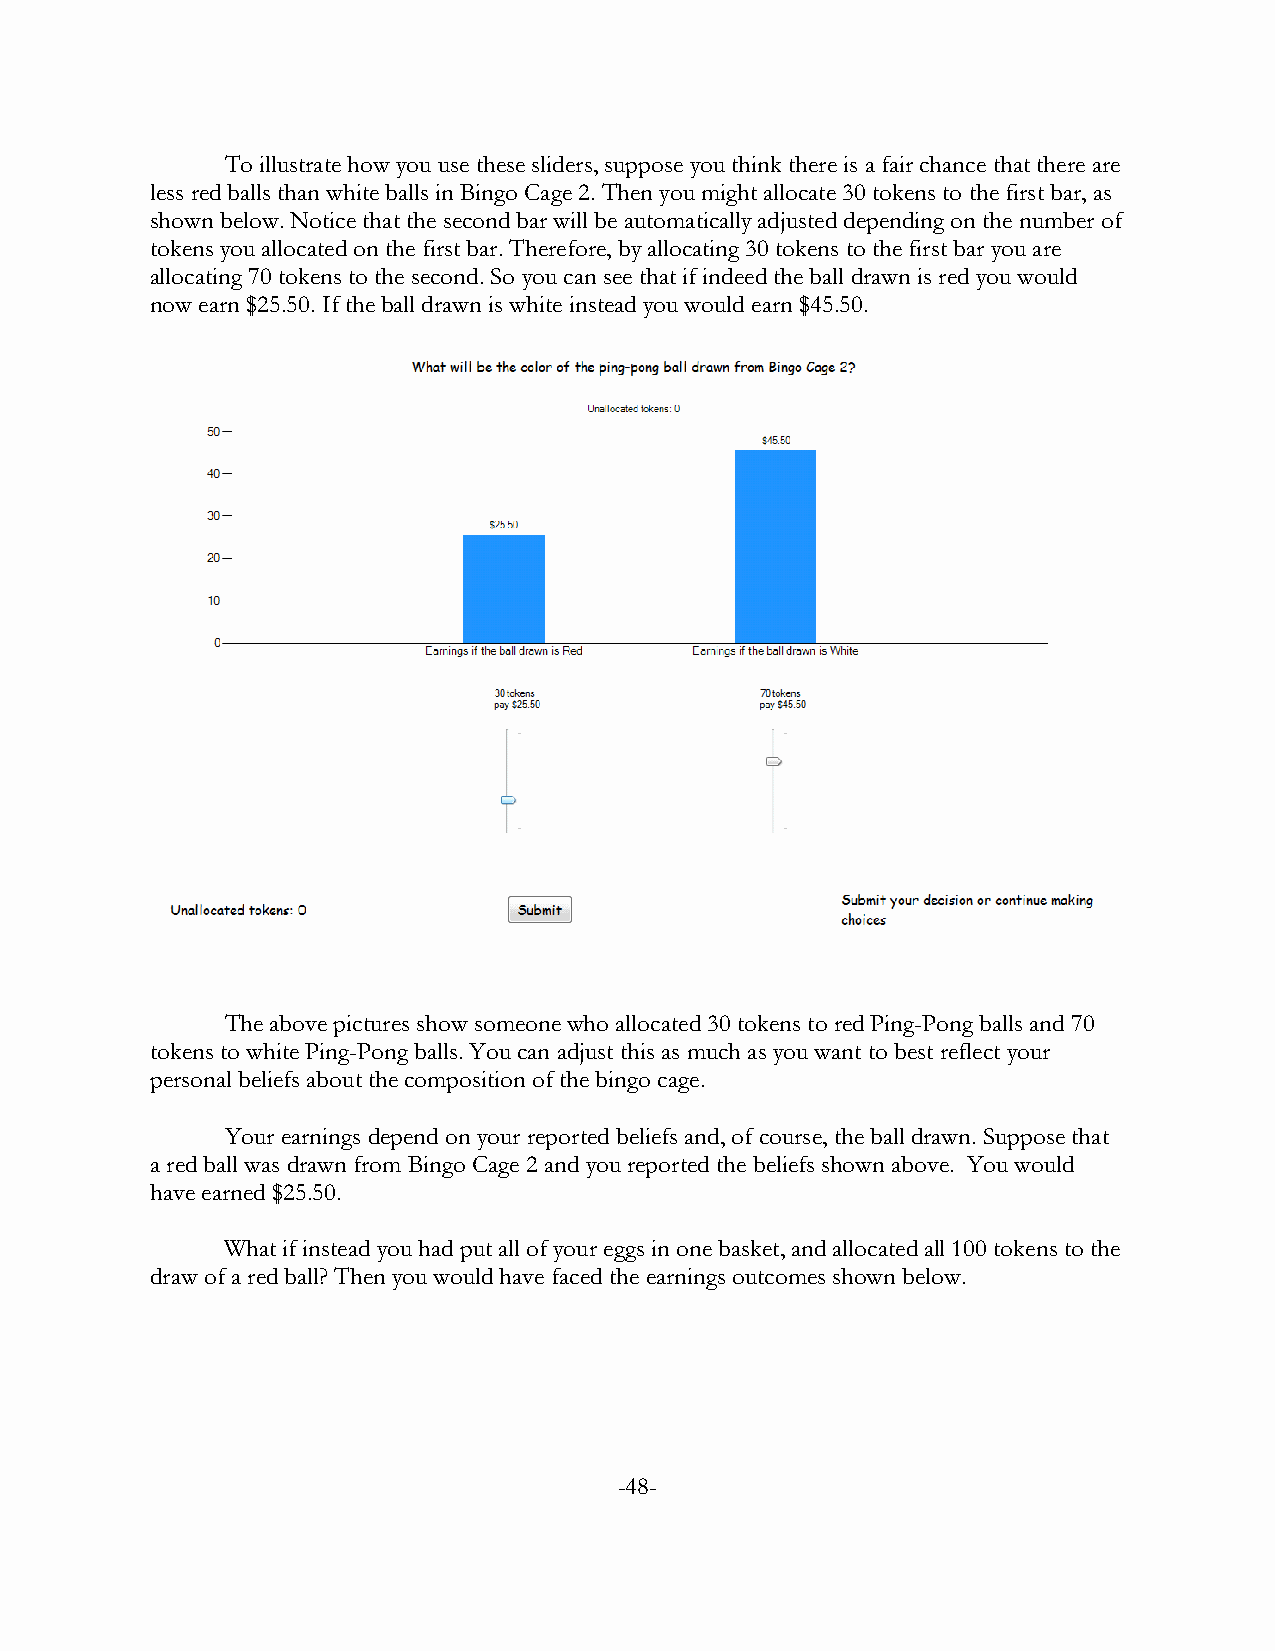
To illustrate how you use these sliders, suppose you think there is a fair chance that there are
 less red balls than white balls in Bingo Cage 2. Then you might allocate 30 tokens to the first bar, as
 shown below. Notice that the second bar will be automatically adjusted depending on the number of
 tokens you allocated on the first bar. Therefore, by allocating 30 tokens to the first bar you are
 allocating 70 tokens to the second. So you can see that if indeed the ball drawn is red you would
 now earn $25.50. If the ball drawn is white instead you would earn $45.50.
 The above pictures show someone who allocated 30 tokens to red Ping-Pong balls and 70
 tokens to white Ping-Pong balls. You can adjust this as much as you want to best reflect your
 personal beliefs about the composition of the bingo cage.
 Your earnings depend on your reported beliefs and, of course, the ball drawn. Suppose that
 a red ball was drawn from Bingo Cage 2 and you reported the beliefs shown above. You would
 have earned $25.50.
 What if instead you had put all of your eggs in one basket, and allocated all 100 tokens to the
 draw of a red ball? Then you would have faced the earnings outcomes shown below.
 -48-